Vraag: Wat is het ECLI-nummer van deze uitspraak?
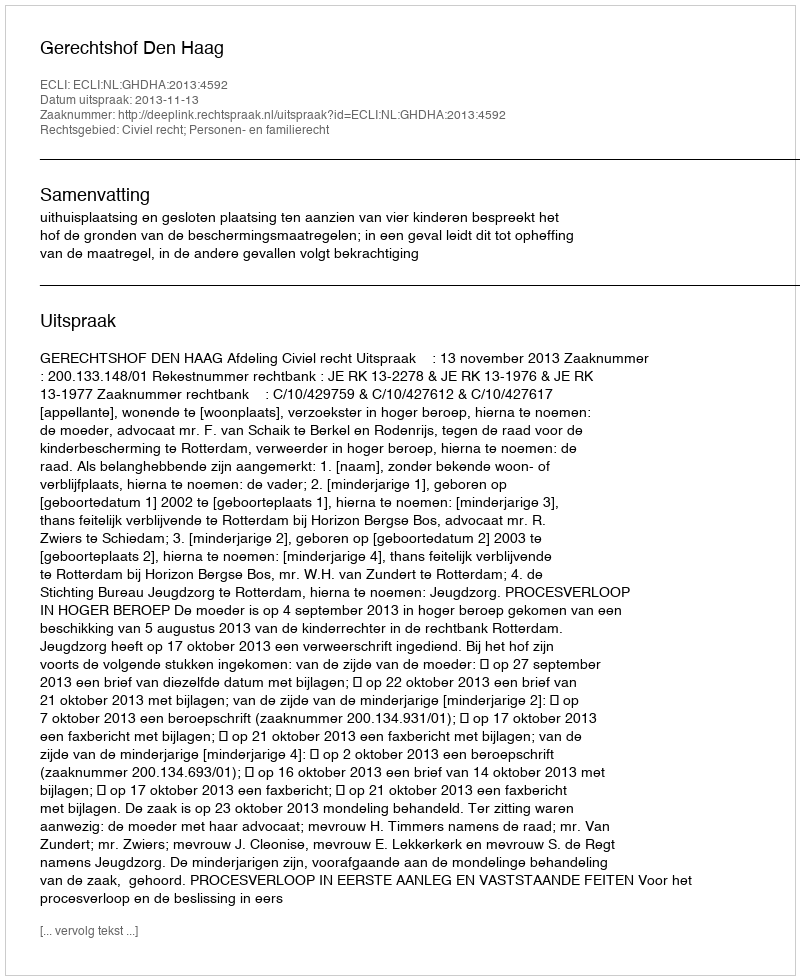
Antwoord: ECLI:NL:GHDHA:2013:4592